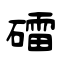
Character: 礌